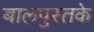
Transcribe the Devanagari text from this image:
बालपुस्तके